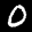
Label: 0